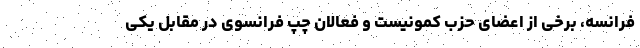
فرانسه، برخی از اعضای حزب کمونیست و فعالان چپ فرانسوی در مقابل یکی